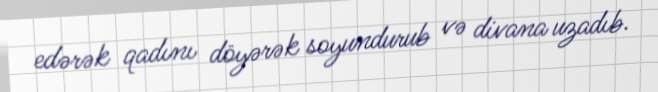
edərək qadını döyərək soyundurub və divana uzadıb.